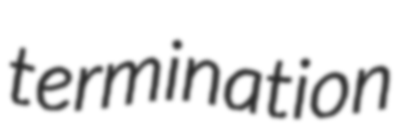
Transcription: termination